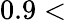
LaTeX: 0.9<